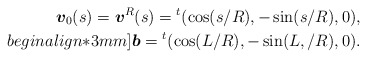
\begin{align*}\mbox{\mathversion{bold}$v$}_{0}(s)=\mbox{\mathversion{bold}$v$}^{R}(s)={}^{t}(\cos(s/R),-\sin (s/R), 0), \\begin{align*}3mm]\mbox{\mathversion{bold}$b$}={}^{t}(\cos(L/R),-\sin (L,/R), 0).\end{align*}